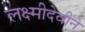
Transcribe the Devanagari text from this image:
लक्ष्मीदेवीने